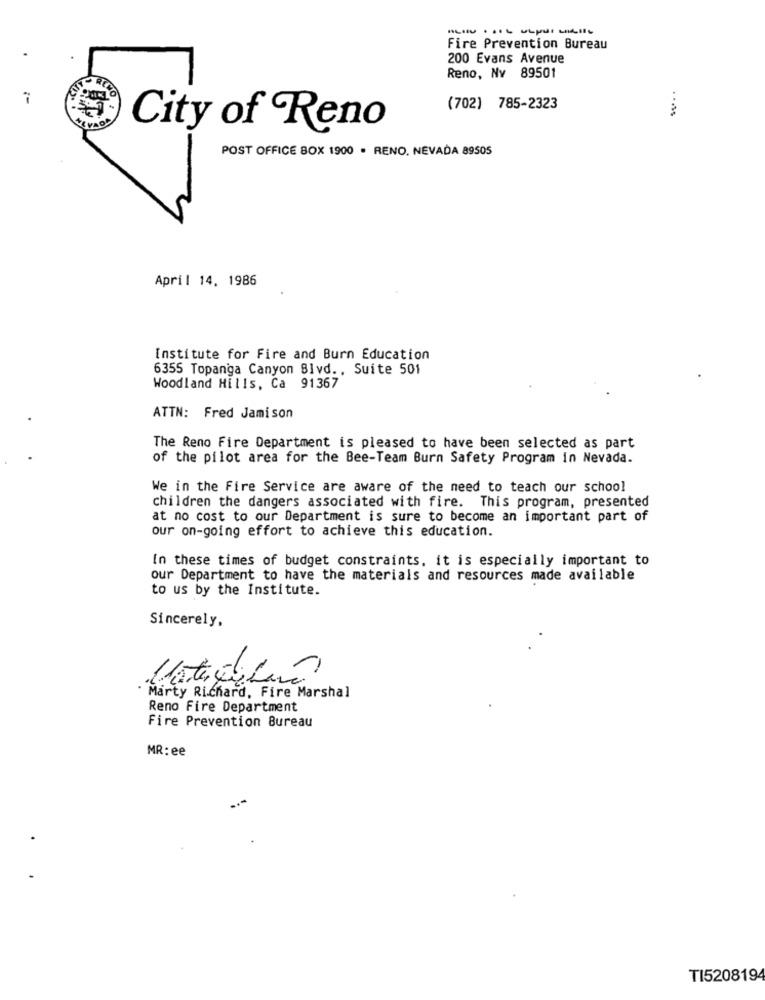
------ I-
Fire Prevention Bureau
200 Evans Avenue
Reno, Nv 89501
(702) 785-2323
City of Reno
POST OFFICE BOX 1900 · RENO. NEVADA 89505
April 14. 1986
Institute for Fire and Burn Education
6355 Topanga Canyon Blvd ., Suite 501
Woodland Hills, Ca 91367
ATTN: Fred Jamison
The Reno Fire Department is pleased to have been selected as part
of the pilot area for the Bee-Team Burn Safety Program in Nevada.
We in the Fire Service are aware of the need to teach our school
children the dangers associated with fire. This program, presented
at no cost to our Department is sure to become an important part of
our on-going effort to achieve this education.
In these times of budget constraints, it is especially important to
our Department to have the materials and resources made available
to us by the Institute.
Sincerely,
Mate Julio
Marty Richard, Fire Marshal
Reno Fire Department
Fire Prevention Bureau
MR: ee
TI520819